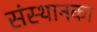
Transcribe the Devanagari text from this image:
संस्थानका